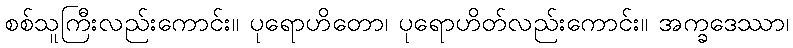
စစ်သူကြီးလည်းကောင်း။ ပုရောဟိတော၊ ပုရောဟိတ်လည်းကောင်း။ အက္ခဒေဿာ၊